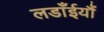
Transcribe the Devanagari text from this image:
लडाँईयौं